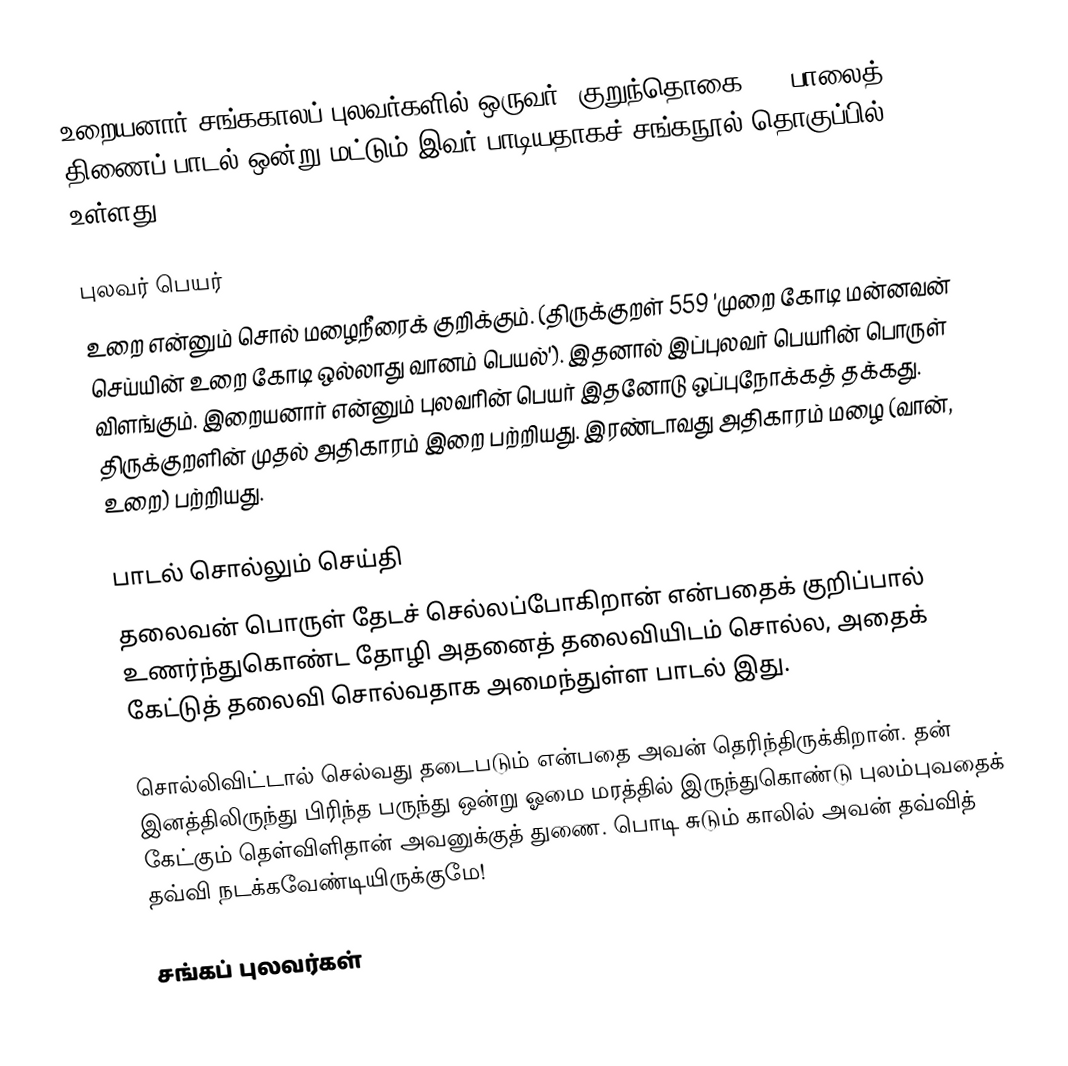
உறையனார் சங்ககாலப் புலவர்களில் ஒருவர். குறுந்தொகை 207 பாலைத் திணைப் பாடல் ஒன்று மட்டும் இவர் பாடியதாகச் சங்கநூல் தொகுப்பில் உள்ளது.

புலவர் பெயர்
உறை என்னும் சொல் மழைநீரைக் குறிக்கும். (திருக்குறள் 559 'முறை கோடி மன்னவன் செய்யின் உறை கோடி ஒல்லாது வானம் பெயல்'). இதனால் இப்புலவர் பெயரின் பொருள் விளங்கும். இறையனார் என்னும் புலவரின் பெயர் இதனோடு ஒப்புநோக்கத் தக்கது. திருக்குறளின் முதல் அதிகாரம் இறை பற்றியது. இரண்டாவது அதிகாரம் மழை (வான், உறை) பற்றியது.

பாடல் சொல்லும் செய்தி
தலைவன் பொருள் தேடச் செல்லப்போகிறான் என்பதைக் குறிப்பால் உணர்ந்துகொண்ட தோழி அதனைத் தலைவியிடம் சொல்ல, அதைக் கேட்டுத் தலைவி சொல்வதாக அமைந்துள்ள பாடல் இது.

சொல்லிவிட்டால் செல்வது தடைபடும் என்பதை அவன் தெரிந்திருக்கிறான். தன் இனத்திலிருந்து பிரிந்த பருந்து ஒன்று ஓமை மரத்தில் இருந்துகொண்டு புலம்புவதைக் கேட்கும் தெள்விளிதான் அவனுக்குத் துணை. பொடி சுடும் காலில் அவன் தவ்வித் தவ்வி நடக்கவேண்டியிருக்குமே!

சங்கப் புலவர்கள்